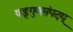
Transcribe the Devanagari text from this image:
षड्गुणसंपदम्‌